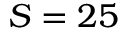
S = 2 5